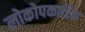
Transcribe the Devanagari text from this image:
लोकोपकारिक